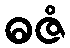
ဓဇံ